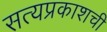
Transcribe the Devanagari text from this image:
सत्यप्रकाशची